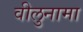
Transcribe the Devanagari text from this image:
वीलुनामा